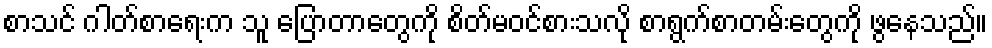
စာသင် ဂါတ်စာရေးက သူ ပြောတာတွေကို စိတ်မဝင်စားသလို စာရွက်စာတမ်းတွေကို ဖွနေသည်။